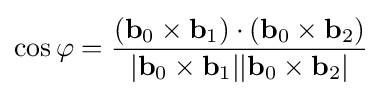
\cos \varphi ={\frac {(\mathbf {b} _{0}\times \mathbf {b} _{1})\cdot (\mathbf {b} _{0}\times \mathbf {b} _{2})}{|\mathbf {b} _{0}\times \mathbf {b} _{1}||\mathbf {b} _{0}\times \mathbf {b} _{2}|}}